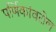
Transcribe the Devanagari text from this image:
पर्णिकांवरील